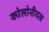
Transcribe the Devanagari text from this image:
कोलोनीयल